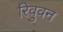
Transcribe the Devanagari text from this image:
रिवुवन